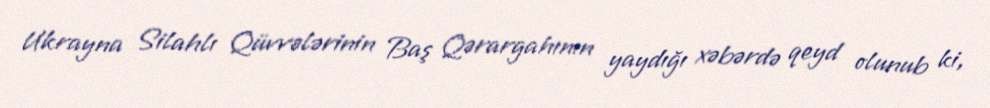
Ukrayna Silahlı Qüvvələrinin Baş Qərargahının yaydığı xəbərdə qeyd olunub ki,